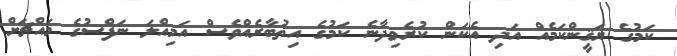
ކަމުގެ ޔަޤީންކަމެއް އަދި އެކަން ކުރެވިދާނެ ކަމުގެ އިތުބާރެއްވެސް އަމިއްލަ ނަފްސުގެ މައްޗަށް